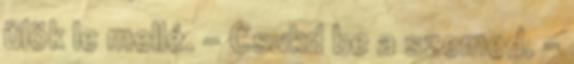
ülök le mellé. - Csukd be a szemed. –